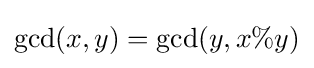
\gcd(x,y)=\gcd(y,x\%y)